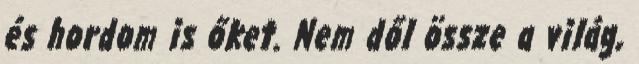
és hordom is őket. Nem dől össze a világ,